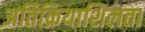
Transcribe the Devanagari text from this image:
अतिक्रियाशिलता